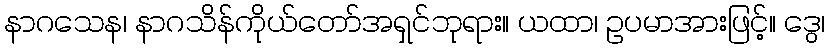
နာဂသေန၊ နာဂသိန်ကိုယ်တော်အရှင်ဘုရား။ ယထာ၊ ဥပမာအားဖြင့်။ ဒွေ၊